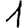
Digit: 1